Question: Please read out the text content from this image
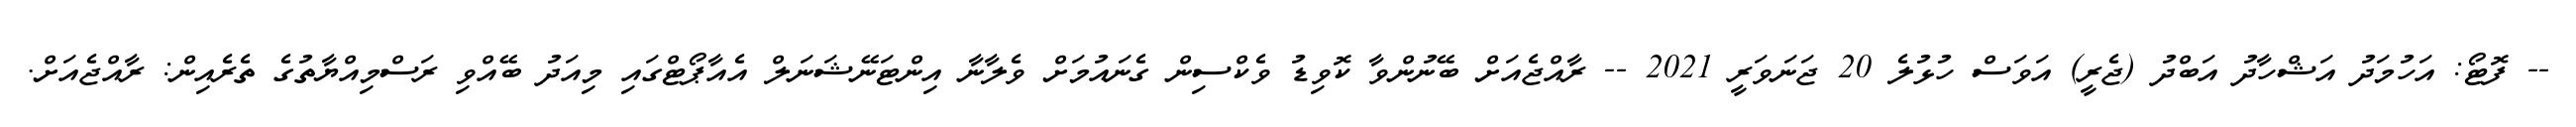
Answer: -- ފޮޓޯ: އަހުމަދު އަޝްހާދު އަބްދު (ޖެރީ) އަވަސް ހުޅުލެ 20 ޖަނަވަރީ 2021 -- ރާއްޖެއަށް ބޭނުންވާ ކޮވިޑު ވެކްސިން ގެނައުމަށް ވެލާނާ އިންޓަނޭޝަނަލް އެއާޕޯޓްގައި މިއަދު ބޭއްވި ރަސްމިއްޔާތުގެ ތެރެއިން: ރާއްޖެއަށް.